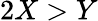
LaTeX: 2X>Y